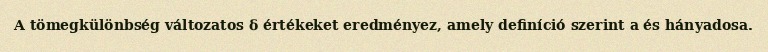
A tömegkülönbség változatos δ értékeket eredményez, amely definíció szerint a és hányadosa.